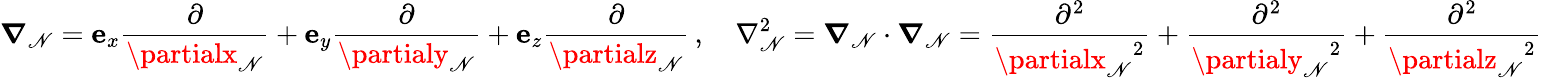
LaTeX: {\boldsymbol{\nabla}}_{\mathscr{N}}=\mathbf{{e}}_{x}{\frac{{\partial}}{{\partialx_{\mathscr{N}}}}}+\mathbf{{e}}_{y}{\frac{{\partial}}{{\partialy_{\mathscr{N}}}}}+\mathbf{{e}}_{z}{\frac{{\partial}}{{\partialz_{\mathscr{N}}}}}\, ,\quad\nabla_{\mathscr{N}}^{2}={\boldsymbol{\nabla}}_{\mathscr{N}}\cdot{\boldsymbol{\nabla}}_{\mathscr{N}}={\frac{{\partial^{2}}}{{{\partialx_{\mathscr{N}}}^{2}}}}+{\frac{{\partial^{2}}}{{{\partialy_{\mathscr{N}}}^{2}}}}+{\frac{{\partial^{2}}}{{{\partialz_{\mathscr{N}}}^{2}}}}